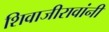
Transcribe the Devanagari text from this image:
शिवाजीरावांनी